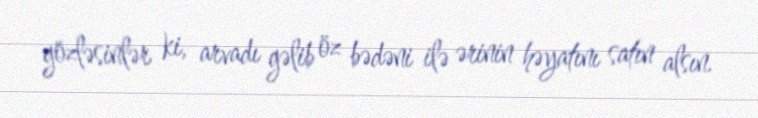
gözləsinlər ki, arvadı gəlib öz bədəni ilə ərinin həyatını satın alsın.